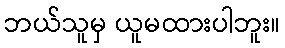
ဘယ်သူမှ ယူမထားပါဘူး။